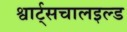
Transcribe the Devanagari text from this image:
श्वार्ट्सचालइल्ड